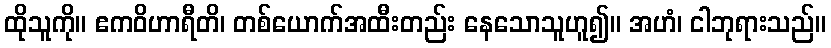
ထိုသူကို။ ဧကဝိဟာရီတိ၊ တစ်ယောက်အထီးတည်း နေသောသူဟူ၍။ အဟံ၊ ငါဘုရားသည်။